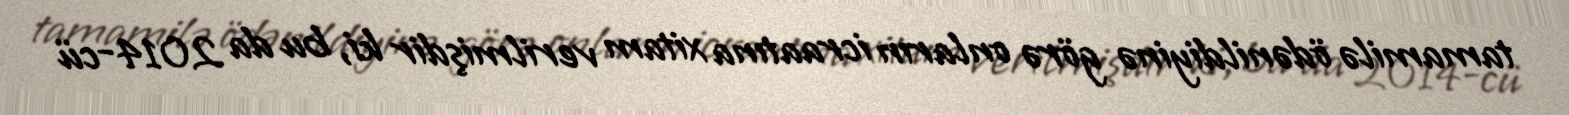
tamamilə ödənildiyinə görə onların icraatına xitam verilmişdir ki, bu da 2014-cü